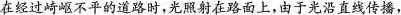
在经过崎岖不平的道路时，光照射在路面上，由于光沿直线传播，